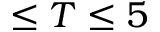
\leq T \leq 5